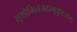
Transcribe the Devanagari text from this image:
सुशोभितजटामुकुटगंगा